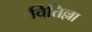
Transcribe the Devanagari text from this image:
वित्तिल्ला